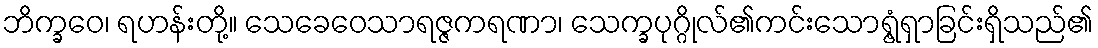
ဘိက္ခဝေ၊ ရဟန်းတို့။ သေခေဝေသာရဇ္ဇကရဏာ၊ သေက္ခပုဂ္ဂိုလ်၏ကင်းသောရွံ့ရှာခြင်းရှိသည်၏